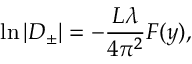
\ln \vert D _ { \pm } \vert = - \frac { L \lambda } { 4 \pi ^ { 2 } } F ( y ) ,